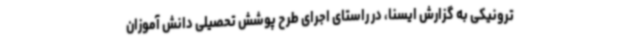
ترونیکی به گزارش ایسنا، در راستای اجرای طرح پوشش تحصیلی دانش آموزان